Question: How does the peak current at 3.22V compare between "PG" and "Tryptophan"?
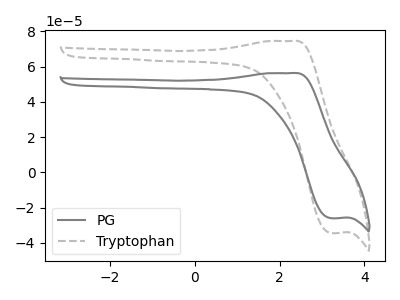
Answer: <think>The gray curve "PG" has an anodic peak at (2.25V, 56.30uA) and a cathodic peak at (3.20V, -26.05uA). The gray dashed curve "Tryptophan" has an anodic peak at (2.25V, 74.55uA) and a cathodic peak at (3.20V, -34.50uA).</think>
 <answer>The peak at 3.22V is lower in "PG" than in "Tryptophan".</answer>
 <eval>lower</eval>